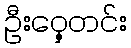
ဦးဝှေ့တင်း